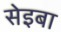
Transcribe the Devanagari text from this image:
सेइबा